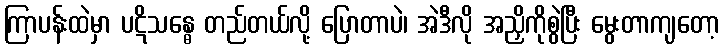
ကြာပန်းထဲမှာ ပဋိသန္ဓေ တည်တယ်လို့ ပြောတာပဲ၊ အဲဒီလို အညှိကိုစွဲပြီး မွေးတာကျတော့